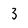
Character: 3